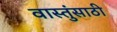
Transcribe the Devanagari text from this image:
वास्तुंसाठी